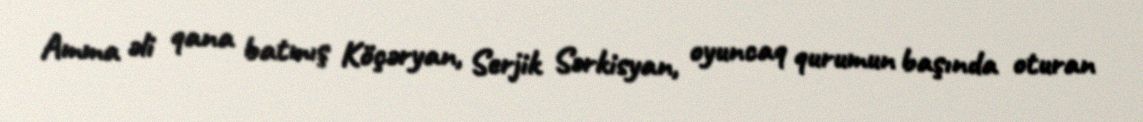
Amma əli qana batmış Köçəryan, Serjik Sərkisyan, oyuncaq qurumun başında oturan